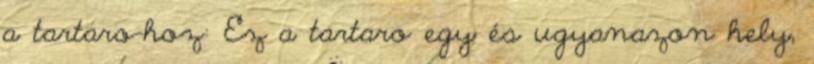
a tartaro-hoz: Ez a tartaro egy és ugyanazon hely,